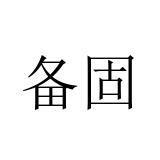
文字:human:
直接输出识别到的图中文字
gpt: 备固